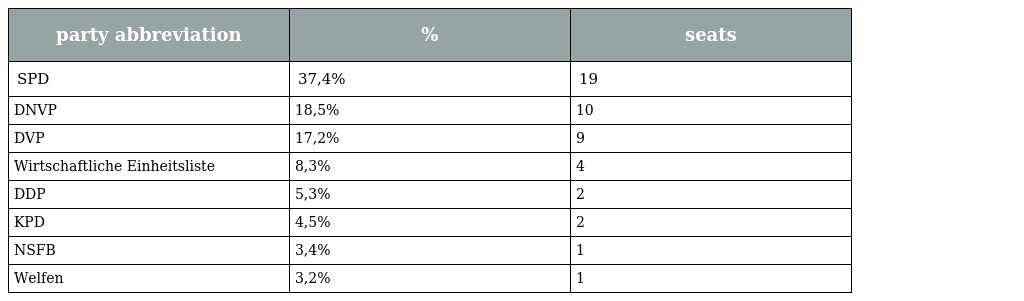
| party abbreviation | % | seats |
 | --- | --- | --- |
 | SPD | 37,4% | 19 |
 | DNVP | 18,5% | 10 |
 | DVP | 17,2% | 9 |
 | Wirtschaftliche Einheitsliste | 8,3% | 4 |
 | DDP | 5,3% | 2 |
 | KPD | 4,5% | 2 |
 | NSFB | 3,4% | 1 |
 | Welfen | 3,2% | 1 |